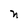
Character: n